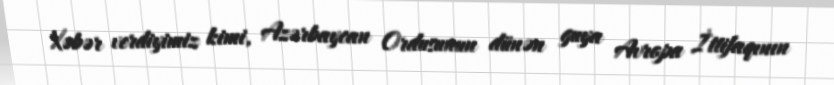
Xəbər verdiyimiz kimi, Azərbaycan Ordusunun dünən guya Avropa İttifaqının